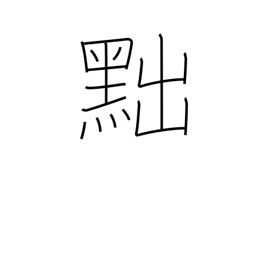
Meaning: draw back